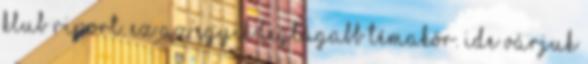
Klub riport. Ez az egyik legtágabb témakör. Ide várjuk